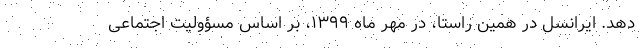
دهد. ایرانسل در همین راستا، در مهر ماه ۱۳۹۹، بر اساس مسؤولیت اجتماعی